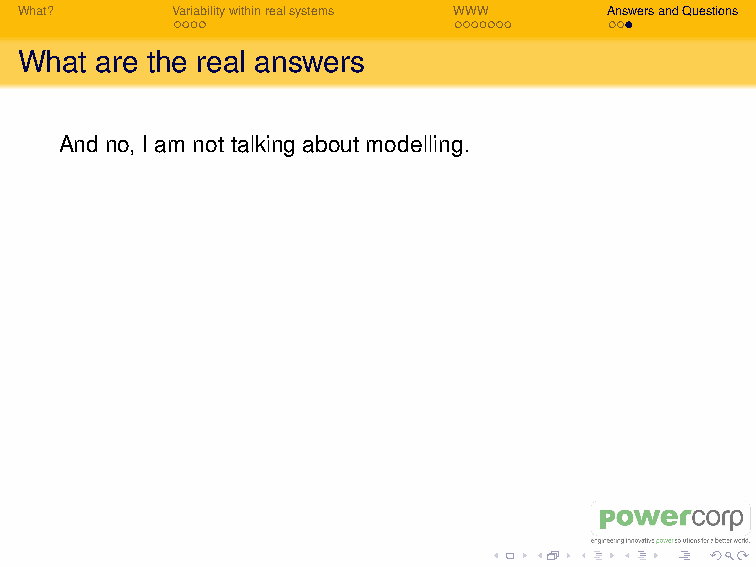
I Mathematicians: what is the analytical solution for adding
 N independent distributions together.
 I Network Controllers: how do ancillary service scale as
 renewable penetration increases.
 I Policy Makers: how we get the Easterners to understand
 what the Westerners already have done.
 “If you cannot in the long run tell everyone what you
 have been doing, your doing was worthless.”
 – Edwin Schrodinger
 What?     Variabilitywithinrealsystems WWW AnswersandQuestions
 What are the real answers
 And no, I am not talking about modelling.